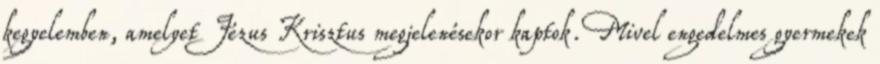
kegyelemben, amelyet Jézus Krisztus megjelenésekor kaptok. Mivel engedelmes gyermekek